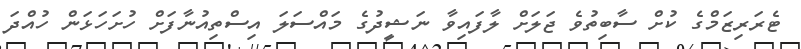
ޓެރަރިޒަމްގެ ކުށް ސާބިތުވެ ޖަލަށް ލާފައިވާ ނަޝީދުގެ މައްސަލަ އިސްތިއުނާފަށް ހުށަހަޅަން ހުއްދަ